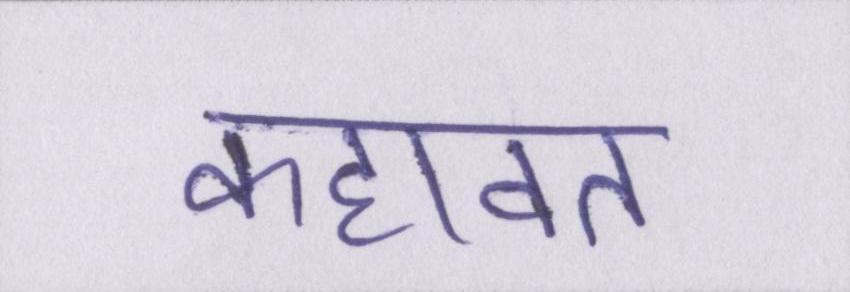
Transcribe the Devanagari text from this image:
कहावत